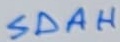
Text: SDAH